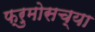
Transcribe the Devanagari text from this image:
फ्रुमोसच्या